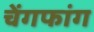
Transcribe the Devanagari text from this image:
चेंगफांग